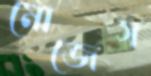
মোজেস